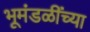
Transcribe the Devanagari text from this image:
भूमंडळींच्या